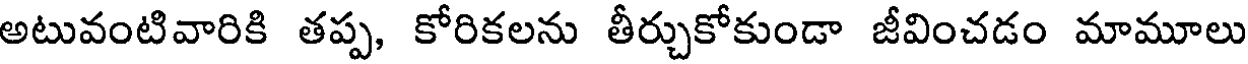
అటువంటివారికి తప్ప, కోరికలను తీర్చుకోకుండా జీవించడం మామూలు